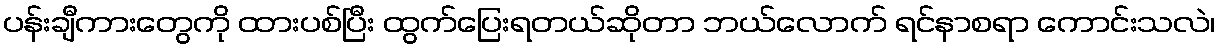
ပန်းချီကားတွေကို ထားပစ်ပြီး ထွက်ပြေးရတယ်ဆိုတာ ဘယ်လောက် ရင်နာစရာ ကောင်းသလဲ၊